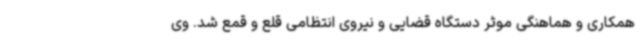
همکاری و هماهنگی موثر دستگاه قضایی و نیروی انتظامی قلع و قمع شد. وی